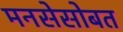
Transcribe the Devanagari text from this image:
मनसेसोबत